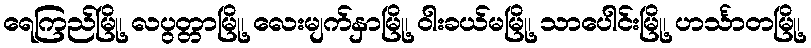
ရေကြည်မြို့၊ လပွတ္တာမြို့၊ လေးမျက်နှာမြို့၊ ဝါးခယ်မမြို့၊ သာပေါင်းမြို့၊ ဟင်္သာတမြို့၊